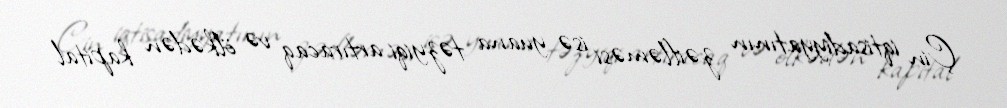
Çin iqtisadiyyatının zəifləməsi isə yuana təzyiqi artıracaq və ölkədən kapital